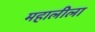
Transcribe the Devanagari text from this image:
महालीला